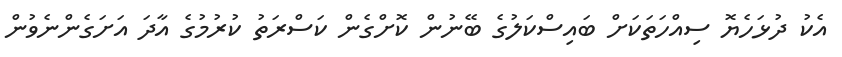
އެކު ދުޅަހެޔޮ ސިއްހަތަކަށް ބައިސްކަލުގެ ބޭނުން ކޮށްގެން ކަސްރަތު ކުރުމުގެ އާދަ އަށަގެންނެވުން